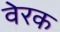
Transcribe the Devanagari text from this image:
वेरक